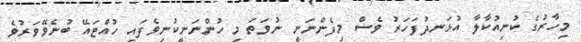
މިހާރުގެ ކުނިއުކާލާ އުޅަނދުފަހަރު ވެސް މިފެންނަނީ ނުވަތަ މި ހުންނަނީކުނިވެފައި ހުއްޓައޭ ބުނެވޭވަރުވެ